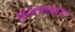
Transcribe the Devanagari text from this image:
गुदालज़ारा